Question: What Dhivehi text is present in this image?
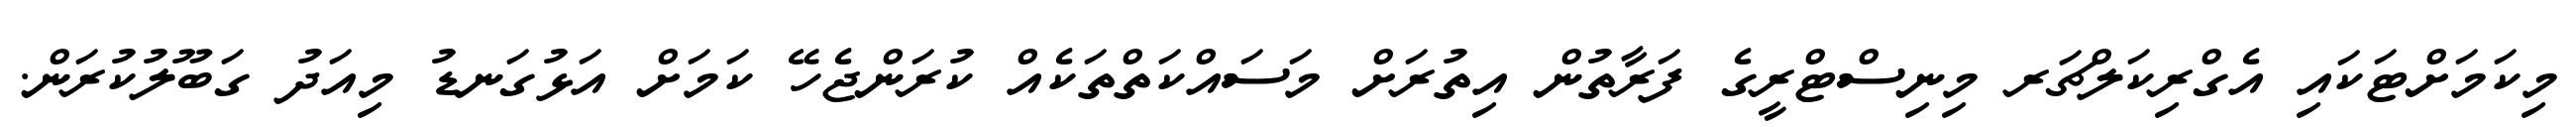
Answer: މިކަމަށްޓަކައި އެގްރިކަލްޗަރ މިނިސްޓްރީގެ ފަރާތުން އިތުރަށް މަސައްކަތްތަކެއް ކުރަންޖެހޭ ކަމަށް އަޅުގަނޑު މިއަދު ގަބޫލުކުރަން.